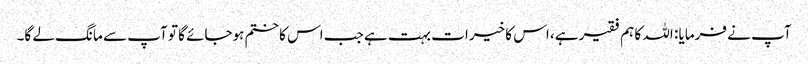
آپ نے فرمایا : اللہ کا ہم فقیر ہے، اس کا خیرات بہت ہے جب اس کا ختم ہوجائے گا تو آپ سے مانگ لے گا۔